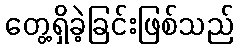
တွေ့ရှိခဲ့ခြင်းဖြစ်သည်